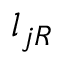
l _ { j R }